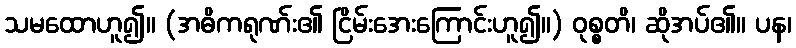
သမထောဟူ၍။ (အဓိကရုဏ်း၏ ငြိမ်းအေးကြောင်းဟူ၍။) ဝုစ္စတိ၊ ဆိုအပ်၏။ ပန၊